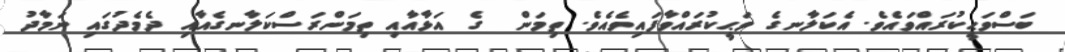
ބަސްވަޙީކުރައްވައެވެ. އެކަލާނގެ ވަޙީކުރައްވާފައިވެއެވެ. ތިމަން  ގެ އަޅާއާއި ތިމަންރަސްކަލާނގެއާއި ދެމެދުގައި ނަމާދު